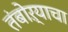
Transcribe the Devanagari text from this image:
तंबोऱ्याचा